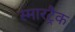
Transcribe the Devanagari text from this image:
स्मारट्रैक